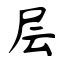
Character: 层